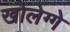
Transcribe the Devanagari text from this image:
खोलेग्गे